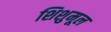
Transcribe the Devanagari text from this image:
शिशुमूल